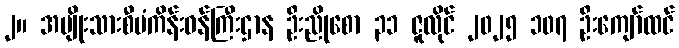
၂။ အမျိုးသားစီမံကိန်းဝန်ကြီးဌာန ဦးညိုစော ၃၁ ဇူလိုင် ၂၀၂၅ ၁၀၇ ဦးကျော်ထင်